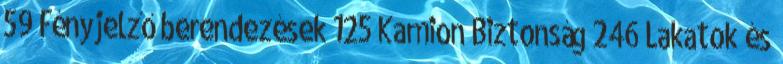
59 Fényjelző berendezések 125 Kamion Biztonság 246 Lakatok és